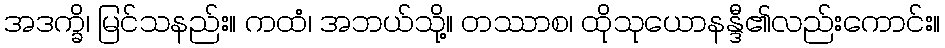
အဒက္ခိ၊ မြင်သနည်း။ ကထံ၊ အဘယ်သို့။ တဿာစ၊ ထိုသုယောနန္ဒီ၏လည်းကောင်း။